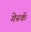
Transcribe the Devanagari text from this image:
गेर्स्क